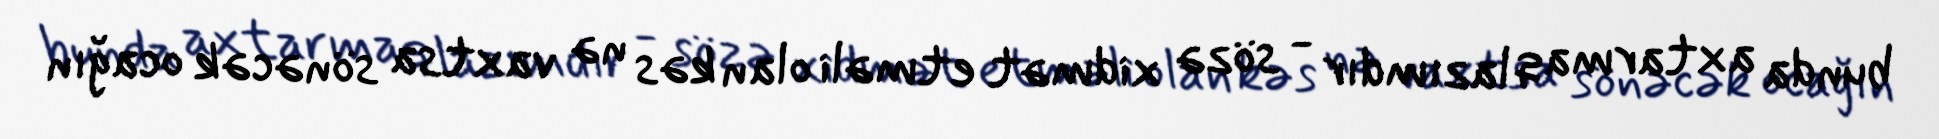
bunda axtarmaq lazımdır - sözə xidmət etməli olan kəs nə vaxtsa sönəcək ocağın